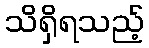
သိရှိရသည့်